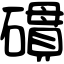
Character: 𥖏